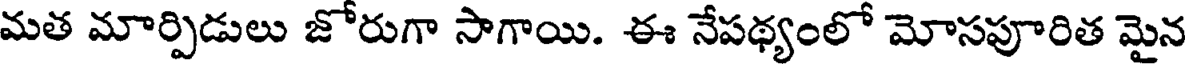
మత మార్పిడులు జోరుగా సాగాయి. ఈ నేపథ్యంలో మోసపూరిత మైన